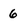
Character: 6